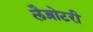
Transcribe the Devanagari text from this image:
लैब्रोटरी